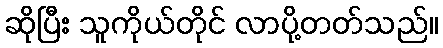
ဆိုပြီး သူကိုယ်တိုင် လာပို့တတ်သည်။